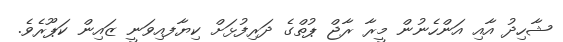
ޝާހިދު އާއި އަންހެނުން މީރާ ރާޖް ޕުތްގެ ދަރިފުޅަށް ކިޔާފއިވަނީ ޒައިން ކަޕޫރެވެ.